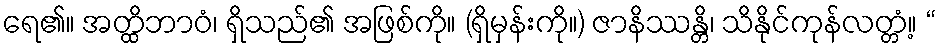
ရေ၏။ အတ္ထိဘာဝံ၊ ရှိသည်၏ အဖြစ်ကို။ (ရှိမှန်းကို။) ဇာနိဿန္တိ၊ သိနိုင်ကုန်လတ္တံ့။ “